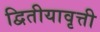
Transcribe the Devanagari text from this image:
द्वितीयावृत्ती